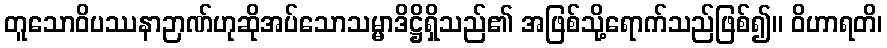
တူသောဝိပဿနာဉာဏ်ဟုဆိုအပ်သောသမ္မာဒိဋ္ဌိရှိသည်၏ အဖြစ်သို့ရောက်သည်ဖြစ်၍။ ဝိဟာရတိ၊